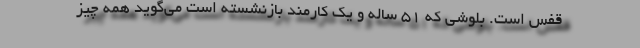
قفس است. بلوشی که ۵۱ ساله و یک کارمند بازنشسته است می‌گوید همه چیز